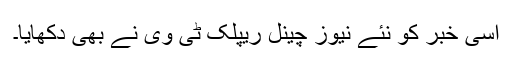
اسی خبر کو نئے نیوز چینل ریپلک ٹی وی نے بھی دکھایا۔